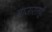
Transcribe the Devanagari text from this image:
बाजारातही